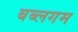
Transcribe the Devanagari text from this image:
बब्लगम